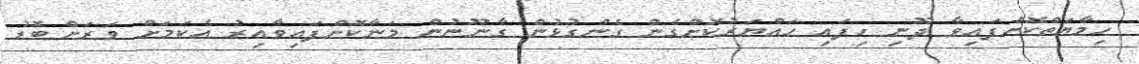
ހިމާޔަތްކޮށްފައިވާ ދޫނި ހިފައި ހައްޔަރުކޮށްގެން ގެންގުޅުން ގާނޫނުން މަނާކޮށްފައިވާއިރު އެކަމަށް ވަރަށް ބޮޑު